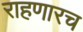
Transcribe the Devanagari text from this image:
राहणारच